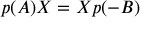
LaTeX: p ( A ) X = X p ( - B )